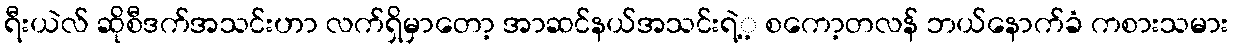
ရီးယဲလ် ဆိုစီဒက်အသင်းဟာ လက်ရှိမှာတော့ အာဆင်နယ်အသင်းရဲ့့ စကော့တလန် ဘယ်နောက်ခံ ကစားသမား